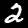
Label: 2